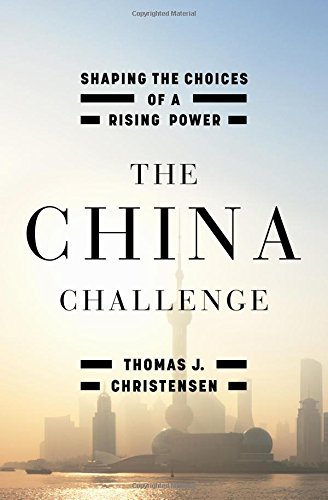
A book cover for The China Challenge: Shaping the Choices of a Rising Power; Thomas J. Christensen; History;